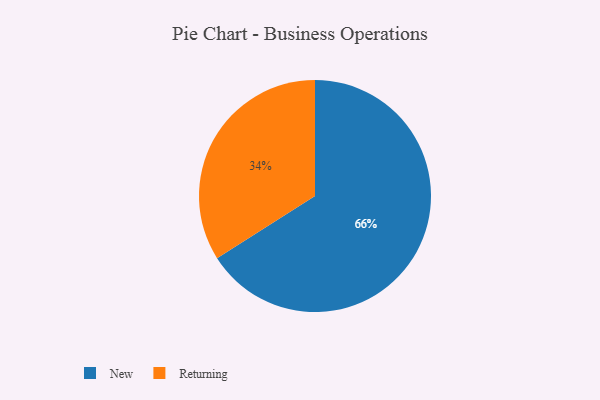
{"axis": {"x": "Category", "y": "Percentage"}, "legend": ["New", "Returning"], "data": [{"x": "Returning", "y": 34, "type": "Returning"}, {"x": "New", "y": 66, "type": "New"}]}